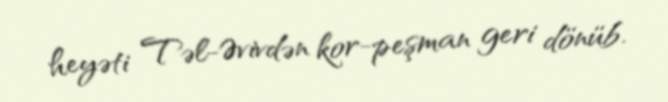
heyəti Təl-Əvivdən kor-peşman geri dönüb.